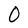
Character: O